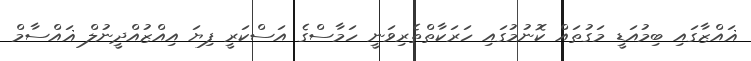
ޣައްޒާގައި ބިމުއަޑީ މަގުތައް ކޮނުމުގައި ހަރަކާތްތެރިވަނީ ހަމާސްގެ އަސްކަރީ ފިޔަ އިއްޒުއްދީނުލް ޣައްސާމް